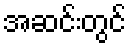
အဆင်းတွင်